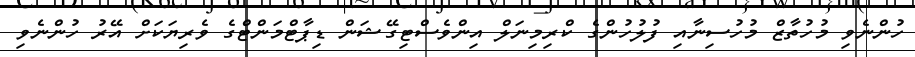
ހުންނެވި މުހުތާޒް މުހުސިނާއި ފުލުހުންގެ ކްރިމިނަލް އިންވެސްޓިގޭޝަން ޑިޕާޓްމަންޓްގެ ވެރިޔަކަށް އޭރު ހުންނެވި